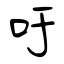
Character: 吁